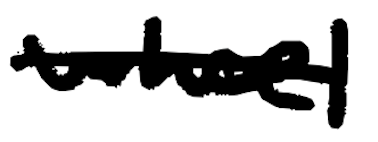
Text: wheel
Cross-out: single-line
Writing tool: digital_black